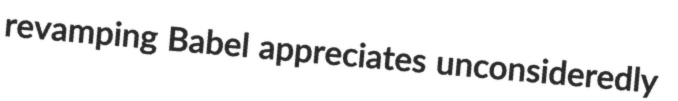
revamping Babel appreciates unconsideredly